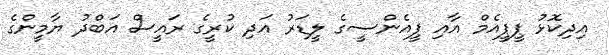
އިދިކޮޅު ޕީޕީއެމް އާއި ޕީއެންސީގެ ލީޑަރު އަދި ކުރީގެ ރައީސް އަބްދު ޔާމީންގެ